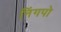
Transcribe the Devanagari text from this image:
निंगपो